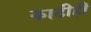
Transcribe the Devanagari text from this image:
काठीही